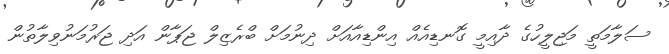
ސަލާމަތީ މަޖިލީހުގެ ދާއިމީ ގޮނޑިއެއް އިންޑިއާއަށް ދިނުމަށް ބްރެޒިލް ޖަޕާން އަދި ޖަރުމަނުވިލާތުން